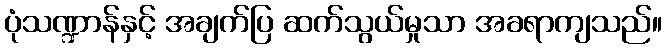
ပုံသဏ္ဍာန်နှင့် အချက်ပြ ဆက်သွယ်မှုသာ အခရာကျသည်။